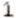
1